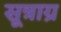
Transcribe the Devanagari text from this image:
सूत्राग्र